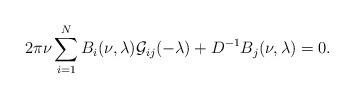
LaTeX: \begin{align*}2\pi \nu \sum_{i=1}^N B_{i}(\nu,\lambda){\mathcal G}_{ij}(-\lambda)+D^{-1}B_{j}(\nu,\lambda)=0.\end{align*}